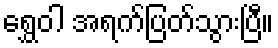
ရွှေဝါ အရက်ပြတ်သွားပြီ။